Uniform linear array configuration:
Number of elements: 4
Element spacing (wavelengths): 1
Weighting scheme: binomial
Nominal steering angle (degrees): -30
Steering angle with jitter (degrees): -30.247
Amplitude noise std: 0.05
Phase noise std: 0.05

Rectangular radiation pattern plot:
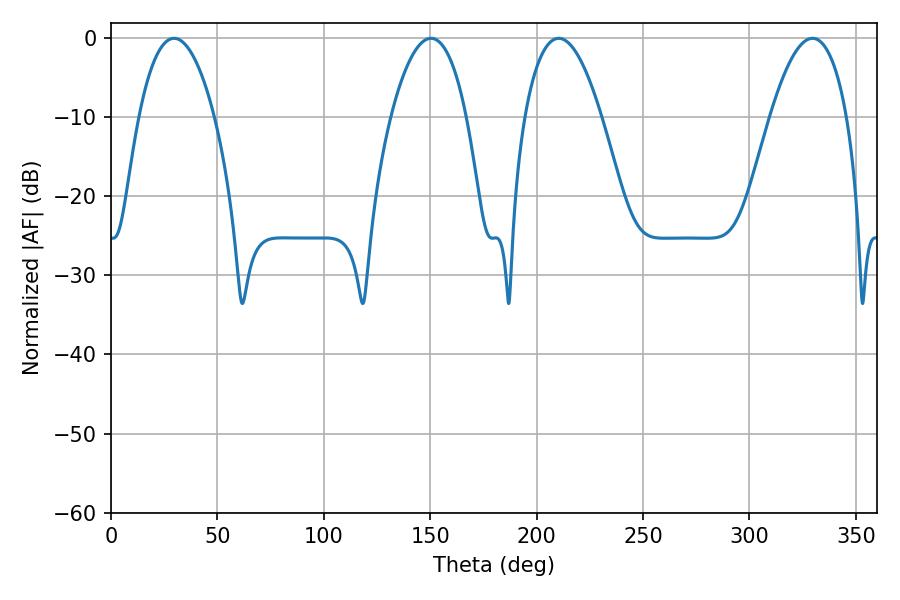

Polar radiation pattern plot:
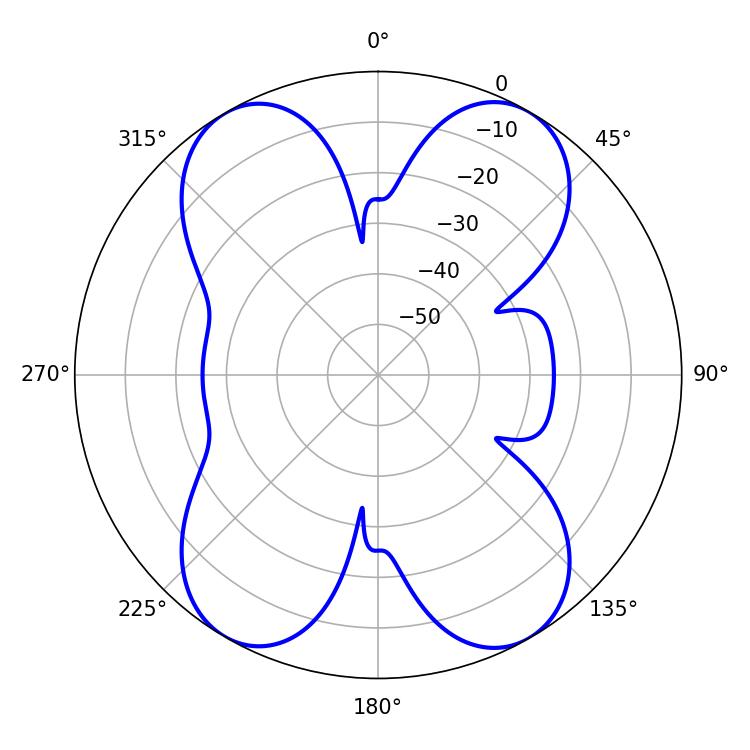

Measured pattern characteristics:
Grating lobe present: TRUE
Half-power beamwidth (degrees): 19.98
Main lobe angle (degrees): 210.42